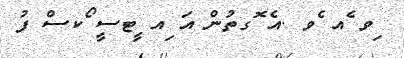
ިވ ެއ ެވ .އެ ޮގތުން އަ ިއ ީޓސީ ޯކސް ފު